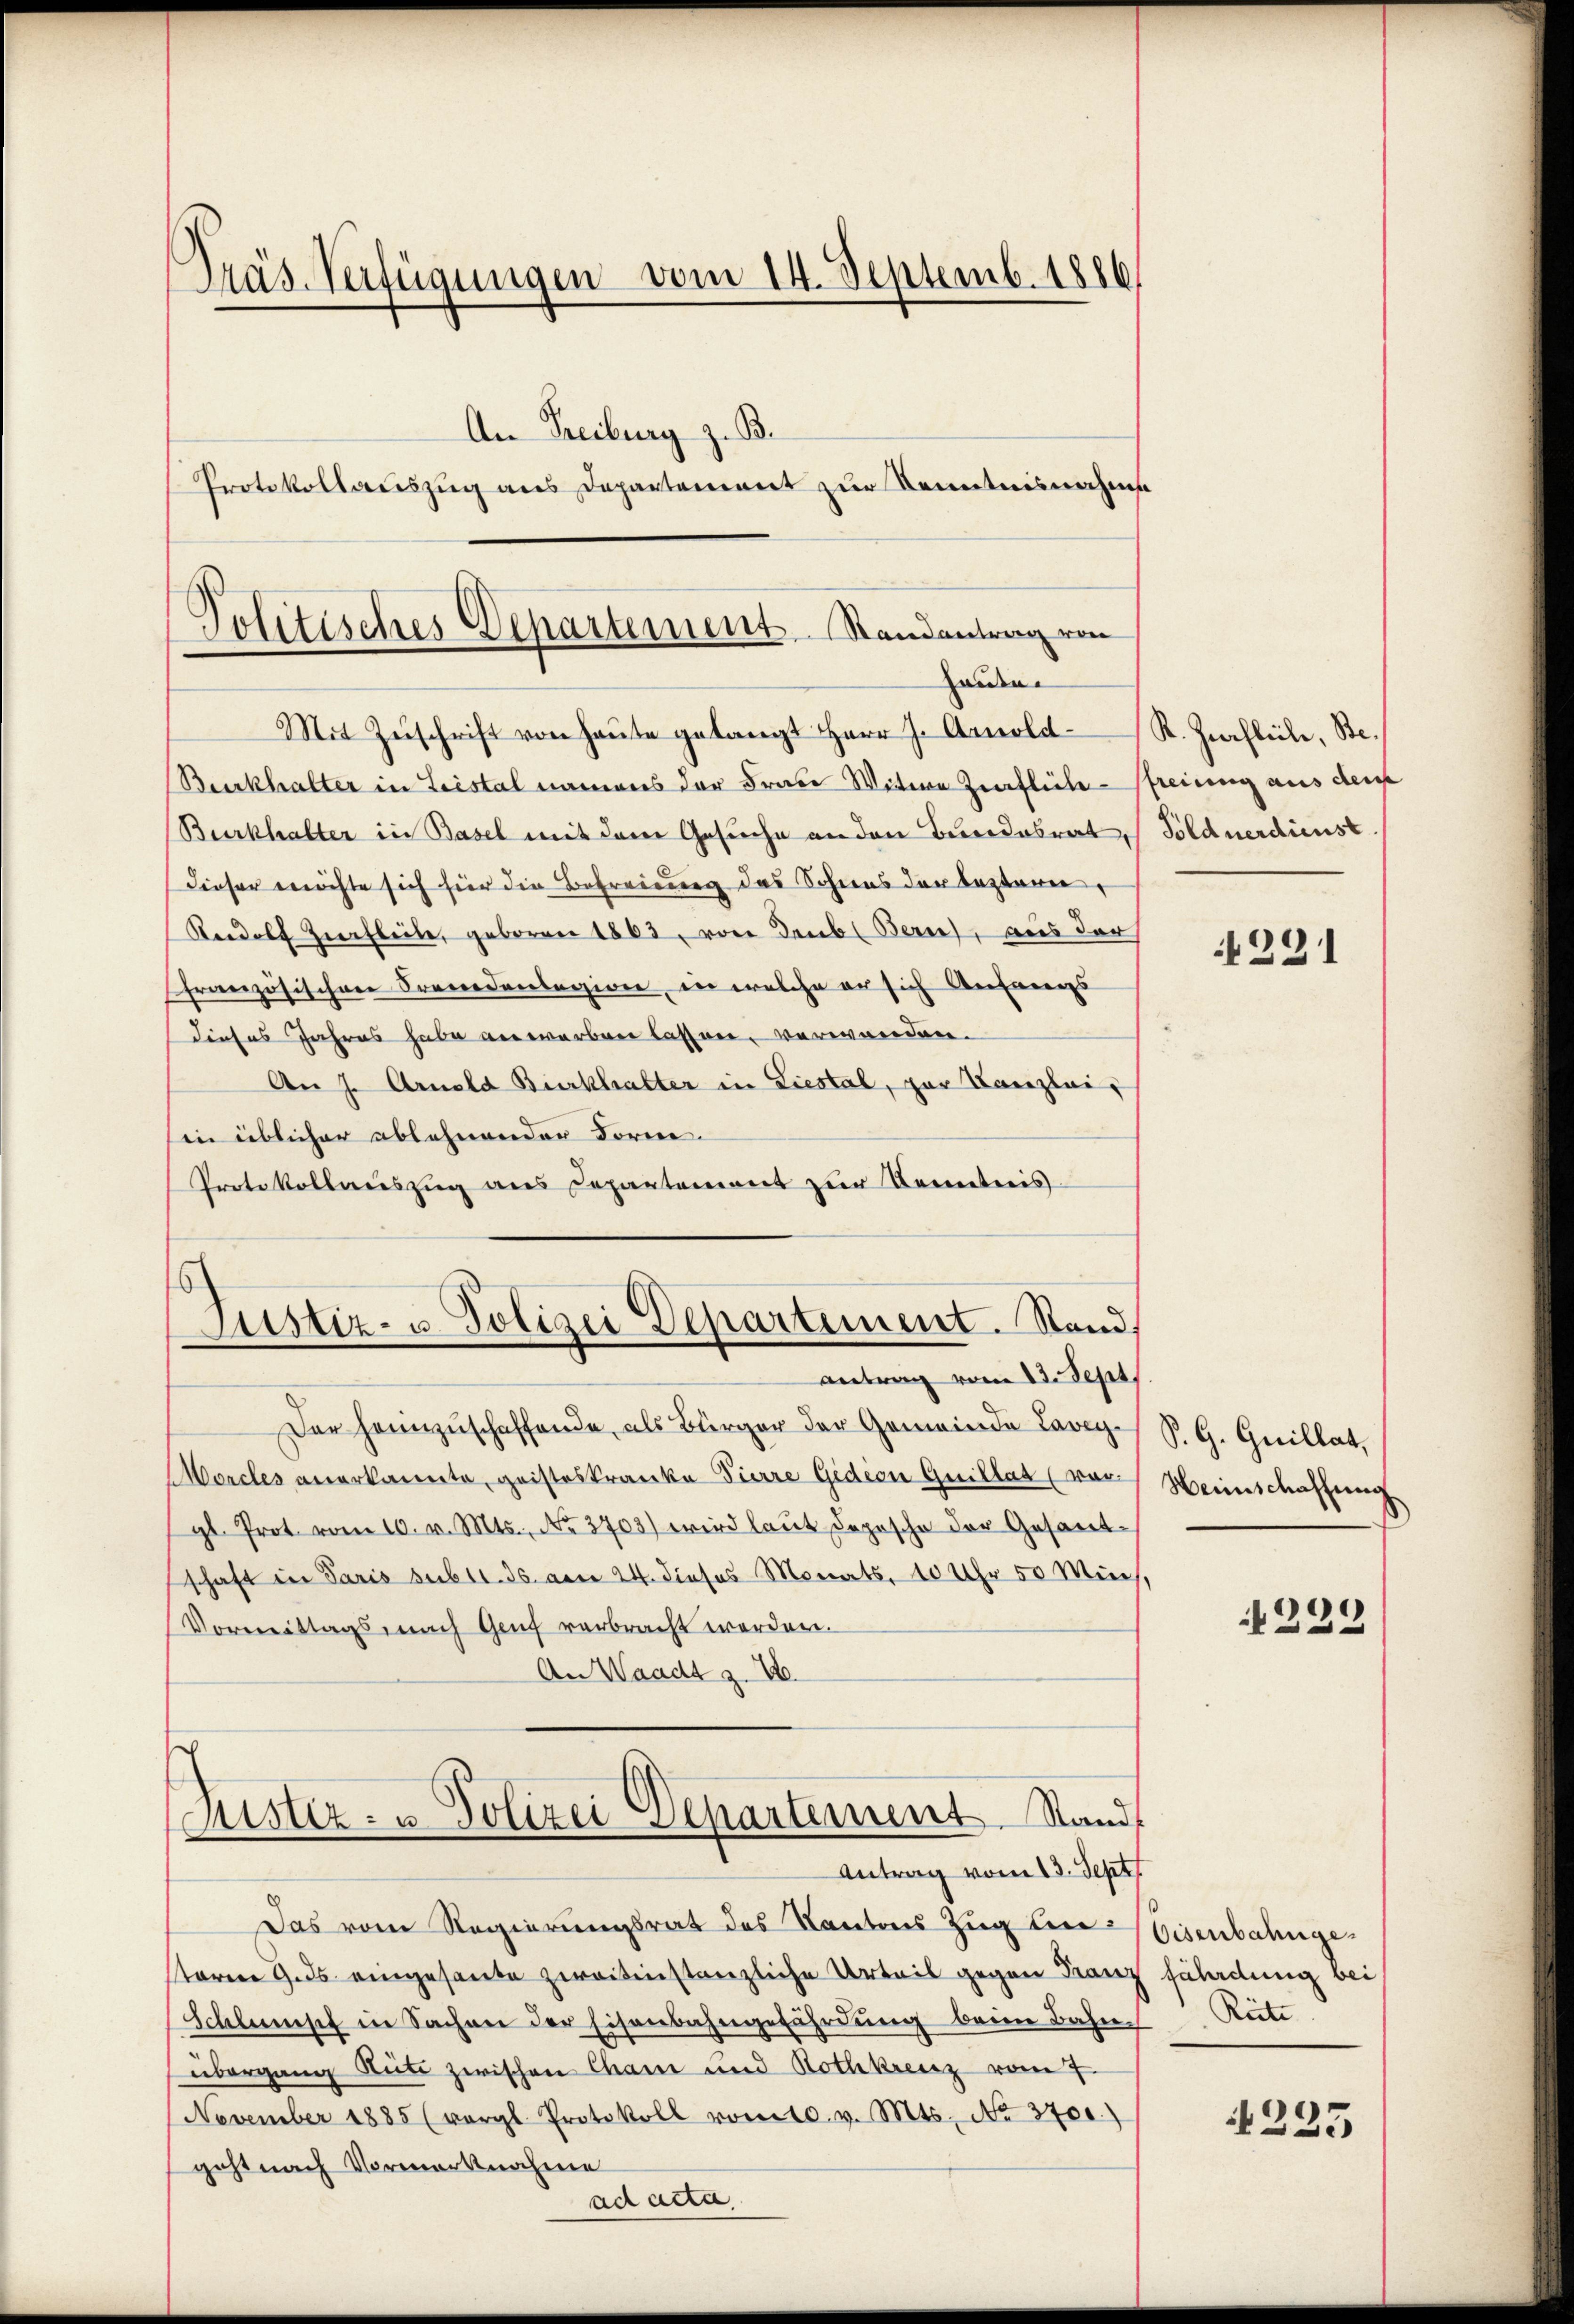
Mit Zŭschrift von Haŭse gelangt Herr J. Arnold R. Ziechliche, Be¬
Burkhalter in Leistal namens der Frau Witwe Zipfliche-Pfreiung aus dem
Burkhalter in Basel mit dem Gesuche an den Bundesrat, Söldnerdienst
Dieser möchte sich hier die Befreiung des Sohnes der leztern,
Radolf Ziechleite, geboren 1863, von Deub (Bern, aus der
französischen Procedanlegion, in welche er sich Anfangs
dieses Jahres habe anwerben lassen, verwanden.
An J. Arnold Burckhalter in Liestal, zur Kanzlei-
in üblicher ablehnender Forne.
Protokollauszug aus Departement zur Kenntnis

Präs. Verfügungen vom 14. Septemb. 1886
An Freiburg z. B.
Protokollauszug aus Departement zur Kenntnisnahms

Politisches Departement. Standentrag von

Handen.

Justiz- u. Polizei Departement. Stand,

antrag vom 23. Sept.
Der Heimzuschaffende, als Bürger der Gemeinde Lavey¬
Morcles anerkannte, geisteskranke Pierre Gidien Guillat (vorgl. Prot. vom 10. v. Mts., No 3703) wird laut Depesche der Gesantschaft in Paris subst. 36. am 24. dieses Monats, 10 Uhr 50 Mich,
Vormittags, nach Genf verbracht werden.
An Waadt z. B.
Justiz- u. Polizei Departement Stand
Antrag vom 13. Sept
Das vom Regierungsrat des Kantons Zug der Eisenbahnge
staren 9. ds eingesante zweitinstanzliche Urteil gegen Franz
Schleisch in Sachen der Eisenbahngefährdung beim Bahn. Reite
übergang Rüti zwischen Cham und Rothkreuz vom 7.
November 1885 (vergl. Protokoll vom 10. v. Mts. No. 3700)
geht nach Vormerknahme
ad acta

4291

P. G. Guillat,
Weinschaffung.

222

fährdung bei

4223